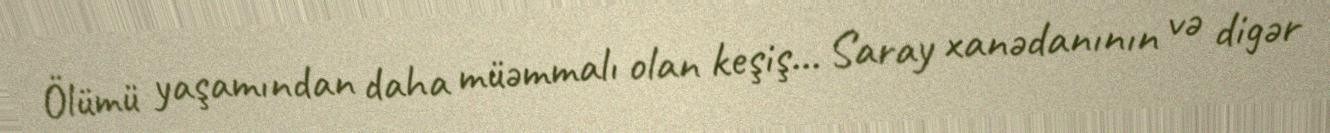
Ölümü yaşamından daha müəmmalı olan keşiş... Saray xanədanının və digər